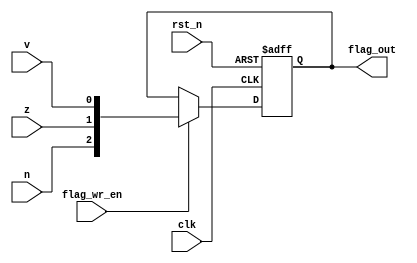
//This is the flag register that is updated
//only on valid alu instructions.
//Its output is used to determine branch instructions

module flag_reg(clk,rst_n,flag_wr_en,n,z,v,flag_out);

input clk, rst_n, n, z, v;
input flag_wr_en;			// asserted on arith instruc

output reg [2:0] flag_out;	//output Flag

/////////////////////////////////////
// Flag is updated on falling edge //
///////////////////////////////////
always @(negedge clk, negedge rst_n)
  if (~rst_n)
    flag_out <= 3'b000;
  else if (flag_wr_en)
    flag_out <= {n,z,v};
  else
    flag_out <= flag_out;
endmodule